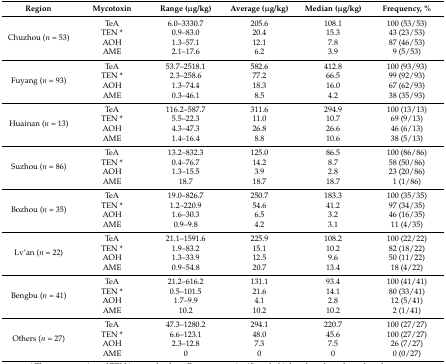
<table><thead><tr><td><b>Region</b></td><td><b>Mycotoxin</b></td><td><b>Range (μg/kg)</b></td><td><b>Average (μg/kg)</b></td><td><b>Median (μg/kg)</b></td><td><b>Frequency, %</b></td></tr></thead><tbody><tr><td rowspan="4">Chuzhou (<i>n</i> = 53)</td><td>TeA</td><td>6.0–3330.7</td><td>205.6</td><td>108.1</td><td>100 (53/53)</td></tr><tr><td>TEN *</td><td>0.9–83.0</td><td>20.4</td><td>15.3</td><td>43 (23/53)</td></tr><tr><td>AOH</td><td>1.3–57.1</td><td>12.1</td><td>7.8</td><td>87 (46/53)</td></tr><tr><td>AME</td><td>2.1–17.6</td><td>6.2</td><td>3.9</td><td>9 (5/53)</td></tr><tr><td rowspan="4">Fuyang (<i>n</i> = 93)</td><td>TeA</td><td>53.7–2518.1</td><td>582.6</td><td>412.8</td><td>100 (93/93)</td></tr><tr><td>TEN *</td><td>2.3–258.6</td><td>77.2</td><td>66.5</td><td>99 (92/93)</td></tr><tr><td>AOH</td><td>1.3–74.4</td><td>18.3</td><td>16.0</td><td>67 (62/93)</td></tr><tr><td>AME</td><td>0.3–46.1</td><td>8.5</td><td>4.2</td><td>38 (35/93)</td></tr><tr><td rowspan="4">Huainan (<i>n</i> = 13)</td><td>TeA</td><td>116.2–587.7</td><td>311.6</td><td>294.9</td><td>100 (13/13)</td></tr><tr><td>TEN *</td><td>5.5–22.3</td><td>11.0</td><td>10.7</td><td>69 (9/13)</td></tr><tr><td>AOH</td><td>4.3–47.3</td><td>26.8</td><td>26.6</td><td>46 (6/13)</td></tr><tr><td>AME</td><td>1.4–16.4</td><td>8.8</td><td>10.6</td><td>38 (5/13)</td></tr><tr><td rowspan="4">Suzhou (<i>n</i> = 86)</td><td>TeA</td><td>13.2–832.3</td><td>125.0</td><td>86.5</td><td>100 (86/86)</td></tr><tr><td>TEN *</td><td>0.4–76.7</td><td>14.2</td><td>8.7</td><td>58 (50/86)</td></tr><tr><td>AOH</td><td>1.3–15.5</td><td>3.9</td><td>2.8</td><td>23 (20/86)</td></tr><tr><td>AME</td><td>18.7</td><td>18.7</td><td>18.7</td><td>1 (1/86)</td></tr><tr><td rowspan="4">Bozhou (<i>n</i> = 35)</td><td>TeA</td><td>19.0–826.7</td><td>250.7</td><td>183.3</td><td>100 (35/35)</td></tr><tr><td>TEN *</td><td>1.2–220.9</td><td>54.6</td><td>41.2</td><td>97 (34/35)</td></tr><tr><td>AOH</td><td>1.6–30.3</td><td>6.5</td><td>3.2</td><td>46 (16/35)</td></tr><tr><td>AME</td><td>0.9–9.8</td><td>4.2</td><td>3.1</td><td>11 (4/35)</td></tr><tr><td rowspan="4">Lv’an (<i>n</i> = 22)</td><td>TeA</td><td>21.1–1591.6</td><td>225.9</td><td>108.2</td><td>100 (22/22)</td></tr><tr><td>TEN *</td><td>1.9–83.2</td><td>15.1</td><td>10.2</td><td>82 (18/22)</td></tr><tr><td>AOH</td><td>1.3–33.9</td><td>12.5</td><td>9.6</td><td>50 (11/22)</td></tr><tr><td>AME</td><td>0.9–54.8</td><td>20.7</td><td>13.4</td><td>18 (4/22)</td></tr><tr><td rowspan="4">Bengbu (<i>n</i> = 41)</td><td>TeA</td><td>21.2–616.2</td><td>131.1</td><td>93.4</td><td>100 (41/41)</td></tr><tr><td>TEN *</td><td>0.5–101.5</td><td>21.6</td><td>14.1</td><td>80 (33/41)</td></tr><tr><td>AOH</td><td>1.7–9.9</td><td>4.1</td><td>2.8</td><td>12 (5/41)</td></tr><tr><td>AME</td><td>10.2</td><td>10.2</td><td>10.2</td><td>2 (1/41)</td></tr><tr><td rowspan="4">Others (<i>n</i> = 27)</td><td>TeA</td><td>47.3–1280.2</td><td>294.1</td><td>220.7</td><td>100 (27/27)</td></tr><tr><td>TEN *</td><td>6.6–123.1</td><td>48.0</td><td>45.6</td><td>100 (27/27)</td></tr><tr><td>AOH</td><td>2.3–12.8</td><td>7.3</td><td>7.5</td><td>26 (7/27)</td></tr><tr><td>AME</td><td>0</td><td>0</td><td>0</td><td>0 (0/27)</td></tr></tbody></table>